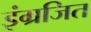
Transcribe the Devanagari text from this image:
इंग्रजित